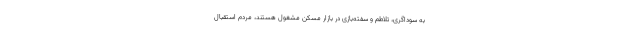
به سوداگری، تلاطم و سفته‌بازی در بازار مسکن مشغول هستند، مردم استقبال